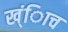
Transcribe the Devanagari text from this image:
ख्ंिाच